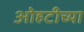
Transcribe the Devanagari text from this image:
ओहटीच्या